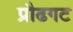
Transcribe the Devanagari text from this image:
प्रौढगट